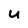
Character: u